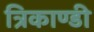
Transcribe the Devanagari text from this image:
त्रिकाण्डी